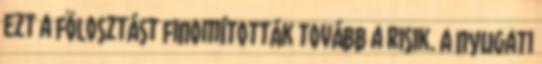
Ezt a fölosztást finomították tovább a risik. A nyugati